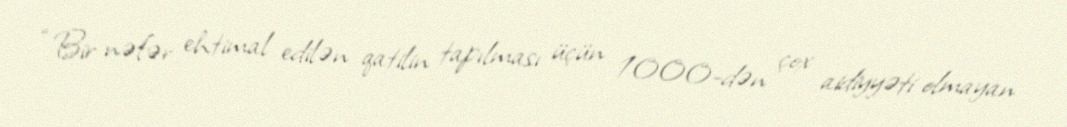
“Bir nəfər ehtimal edilən qatilin tapılması üçün 1000-dən çox aidiyyəti olmayan